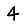
Digit: 4